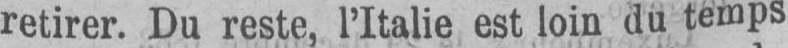
retirer. Du reste, l’Italie est loin du temps